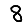
Digit: 8